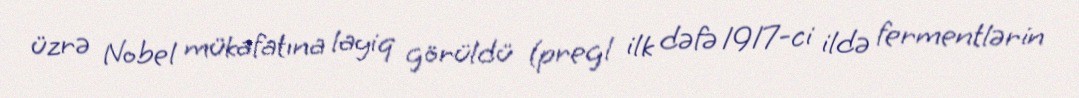
üzrə Nobel mükafatına layiq görüldü (pregl ilk dəfə 1917-ci ildə fermentlərin